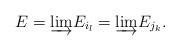
LaTeX: \begin{align*}E=\underrightarrow{\lim}E_{i_{l}}=\underrightarrow{\lim}E_{j_{k}}.\end{align*}